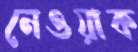
নেওয়াক